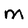
Character: M